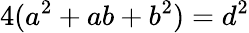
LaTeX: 4(a^{2}+ab+b^{2})=d^{2}